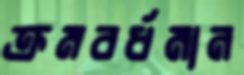
ক্রমবর্ধমান